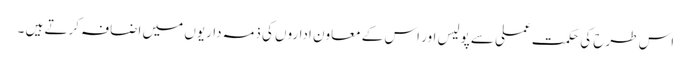
اس طرح کی حکمت عملی سے پولیس اور اس کے معاون اداروں کی ذمہ داریوں میں اضافہ کرتے ہیں ۔